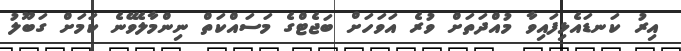
އިރު ކަނޑައެޅިފައިވާ މުއްދަތަށް ވުރެ އަވަހަށް ބަޖެޓްގެ މަސައްކަތް ނިންމާލެވޭނެ ކަަމަށް ގަބޫލު